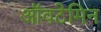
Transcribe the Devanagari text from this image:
ऑवटेमिन